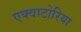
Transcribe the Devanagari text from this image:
एक्वाटोरिया